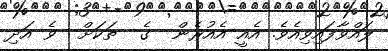
ލައްވާފައިވިއެވެ. އެއީ އެއުރެން  ގެ  ތަކަށް  ވެ އަދި